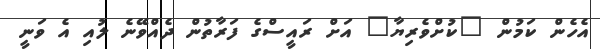
އެހެން ކަމުން "ކުށްވެރިޔާ" އަށް ރައީސްގެ ފަރާތުން ދެއްވޭނެ ލުއި އެ ވަނީ